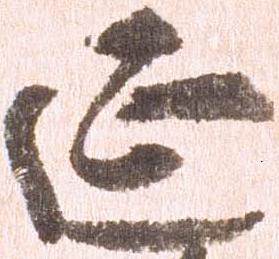
延